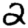
Digit: 2